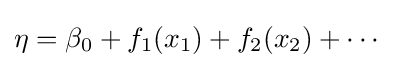
\eta =\beta _{0}+f_{1}(x_{1})+f_{2}(x_{2})+\cdots \,\!